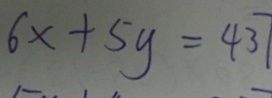
6 x + 5 y = 4 3 7